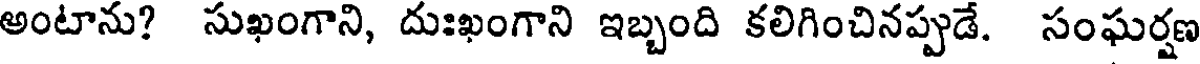
అంటాను? సుఖంగాని, దుఃఖంగాని ఇబ్బంది కలిగించినప్పుడే. సంఘర్షణ